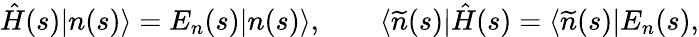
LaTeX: \hat{H}(s)|n(s)\rangle=E_{n}(s)|n(s)\rangle,\qquad\langle\widetilde{n}(s)|\hat{H}(s)=\langle\widetilde{n}(s)|E_{n}(s),